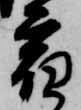
宿